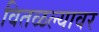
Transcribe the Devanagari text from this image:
वितळल्यावर